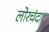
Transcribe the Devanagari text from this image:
लोरचंदा